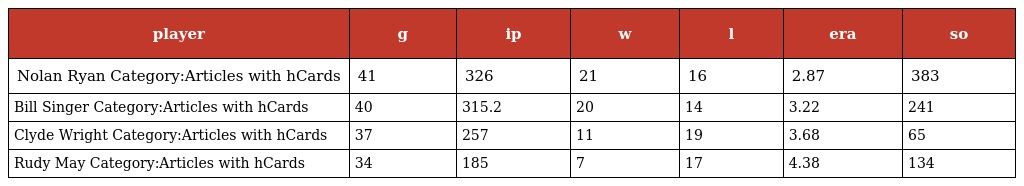
| player | g | ip | w | l | era | so |
 | --- | --- | --- | --- | --- | --- | --- |
 | Nolan Ryan Category:Articles with hCards | 41 | 326 | 21 | 16 | 2.87 | 383 |
 | Bill Singer Category:Articles with hCards | 40 | 315.2 | 20 | 14 | 3.22 | 241 |
 | Clyde Wright Category:Articles with hCards | 37 | 257 | 11 | 19 | 3.68 | 65 |
 | Rudy May Category:Articles with hCards | 34 | 185 | 7 | 17 | 4.38 | 134 |